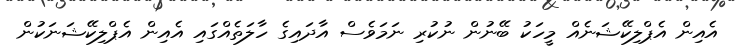
އެއިން އެޕްލިކޭޝަނެއް މީހަކު ބޭނުން ނުކުރި ނަމަވެސް އާދައިގެ ހާލަތެއްގައި އެއިން އެޕްލިކޭޝަނަކުން